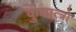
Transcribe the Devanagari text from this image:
कुयात्त्रो